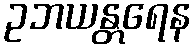
ဥဘယန္တရေန